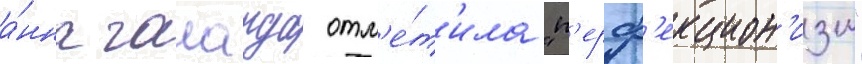
а́нна галаида отм'е́т'ила "п'ерф'екцион'изм"